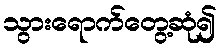
သွားရောက်တွေ့ဆုံ၍